Leaving Certificate Examination, 1922
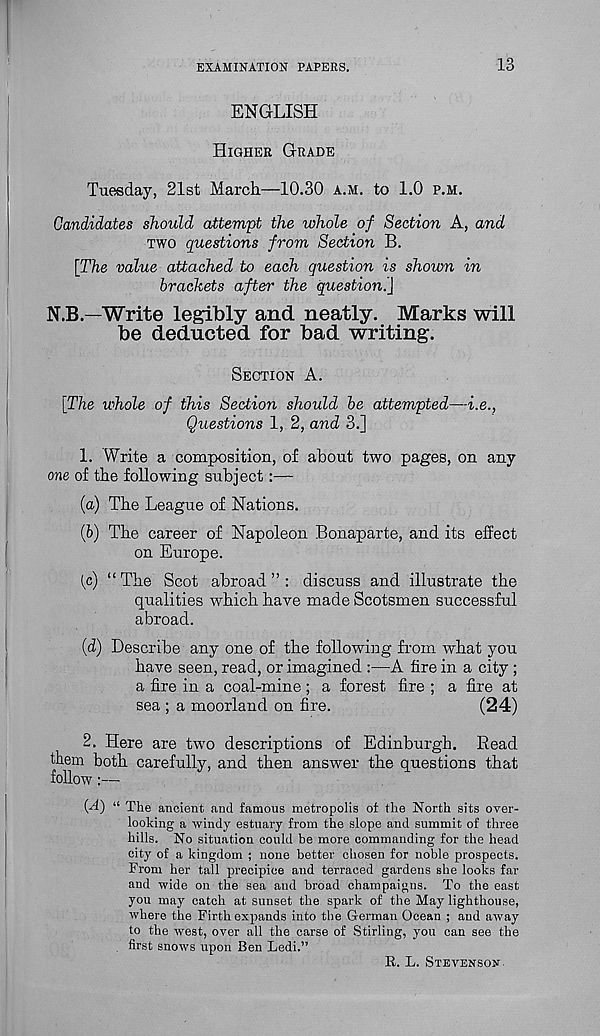
EXAMINATION PAPERS.
13
ENGLISH
HIGHER GRADE
Tuesday, 21st March—10.30 A.M. to 1.0 P.M.
Candidates should attempt the whole of Section A, and
TWO questions from Section B.
[The value attached to each question is shown in
brackets after the question.}
N.B.—Write legibly and neatly. Marks will
be deducted for bad writing.
SECTION A.
[The whole of this Section should be attempted—i.e..
Questions 1, 2, and 3.]
1. Write a composition, of about two pages, on any
one of the following subject:—
(a) The League of Nations.
{b) The career of Napoleon Bonaparte, and its effect
on Europe.
(c) “The Scot abroad”: discuss and illustrate the
qualities which have made Scotsmen successful
abroad.
(d) Describe any one of the following from what you
have seen, read, or imagined :—A lire in a city;
a lire in a coal-mine; a forest lire ; a lire at
sea ; a moorland on lire.
(24)
2, Here are two descriptions of Edinburgh. Read
them both carefully, and then answer the questions that
follow:—
(A) “ The ancient and famous metropolis of the North sits over-
looking a windy estuary from the slope and summit of three
hills. No situation could be more commanding for the head
city of a kingdom ; none better chosen for noble prospects.
From her tall precipice and terraced gardens she looks far
and wide on the sea and broad champaigns. To the east
you may catch at sunset the spark of the May lighthouse,
where the Firth expands into the German Ocean ; and away
to the west, over all the carse of Stirling, you can see the
. first snows upon Ben Ledi.”
R. L. STEVENSON.